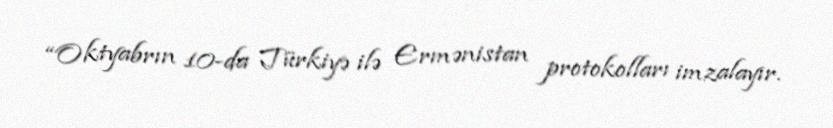
“Oktyabrın 10-da Türkiyə ilə Ermənistan protokolları imzalayır.